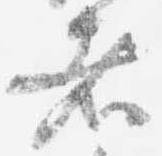
者